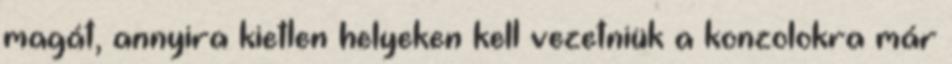
magát, annyira kietlen helyeken kell vezetniük a konzolokra már